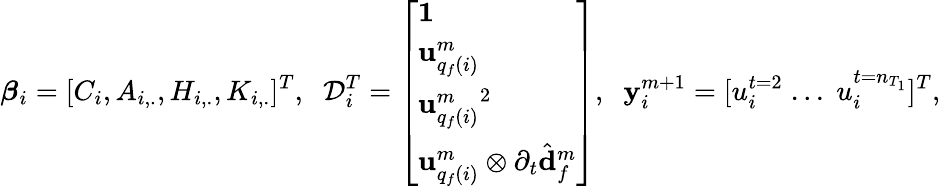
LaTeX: \boldsymbol{\beta}_{i}=[C_{i},A_{i,.},H_{i,.},K_{i,.}]^{T},\; \; \mathcal{D}_{i}^{T}=\left[\begin{array}{l}{\mathbf{1}}\\ {\mathbf{u}_{q_{f}(i)}^{m}}\\ {{\mathbf{u}_{q_{f}(i)}^{m}}^{2}}\\ {\mathbf{u}_{q_{f}(i)}^{m}\otimes\partial_{t}\hat{\mathbf{d}}_{f}^{m}}\end{array}\right],\; \; \mathbf{y}_{i}^{m+1}=[u_{i}^{t=2}\; ...\; u_{i}^{t=n_{T_{1}}}]^{T},